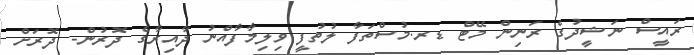
ރައީސް ނަޝީދުގެ ރަނިން މޭޓް ޑރ.މުސްތަފާ ލުތުފީ ވިލިމާފާއްނު ދާއިރާގެ ދޮރުން- ދޮރަށް